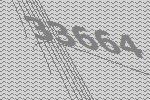
33664